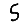
Digit: 5